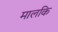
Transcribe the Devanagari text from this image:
मालकि